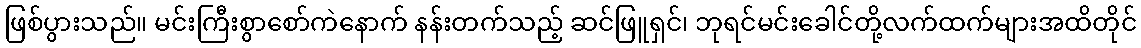
ဖြစ်ပွားသည်။ မင်းကြီးစွာစော်ကဲနောက် နန်းတက်သည့် ဆင်ဖြူရှင်၊ ဘုရင်မင်းခေါင်တို့လက်ထက်များအထိတိုင်